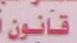
قانون